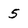
Character: 5